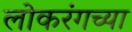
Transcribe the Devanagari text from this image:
लोकरंगच्या